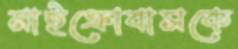
মাইক্রোবাসকে